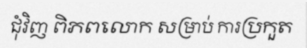
ជុំវិញ ពិភពលោក សម្រាប់ ការប្រកួត